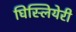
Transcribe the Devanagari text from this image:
घिस्लियेरी